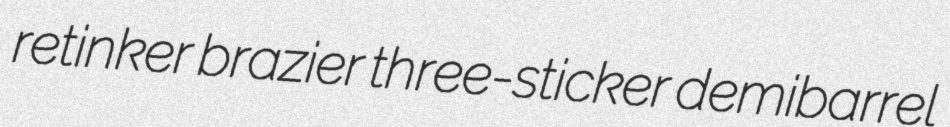
retinker brazier three-sticker demibarrel